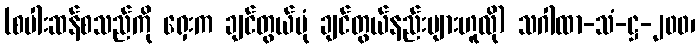
(စပါးဆန်စသည်ကို ရှေးက ချင်တွယ်ပုံ ချင်တွယ်နည်းများဟူလို) သဂါထာ-သံ-ဋ္ဌ-၂၀၀၊